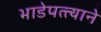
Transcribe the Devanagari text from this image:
भाडेपत्त्याने